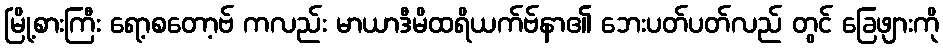
မြို့စားကြီး ရော့စတော့ဗ် ကလည်း မာယာဒီမိထရိယက်ဗ်နာ၏ ဘေးပတ်ပတ်လည် တွင် ခြေဖျားကို